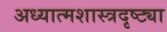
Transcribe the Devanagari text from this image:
अध्यात्मशास्त्रदृष्ट्या